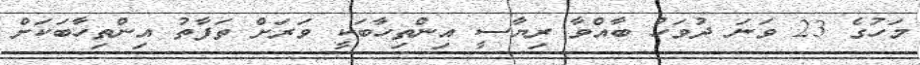
މަހުގެ 23 ވަނަ ދުވަހު ބާއްވާ ރިޔާސީ އިންތިހާބަކީ ވަރަށް ތަފާތު އިންތިހާބަކަށް